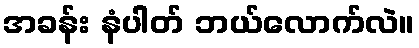
အခန်း နံပါတ် ဘယ်လောက်လဲ။